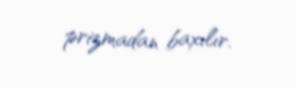
prizmadan baxılır.